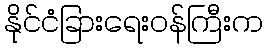
နိုင်ငံခြားရေးဝန်ကြီးက